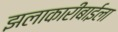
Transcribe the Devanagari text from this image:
झलाकारीबाईला